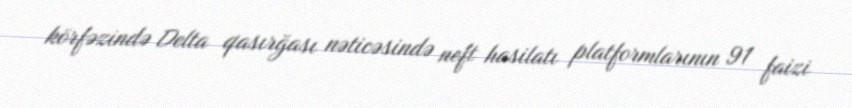
körfəzində Delta qasırğası nəticəsində neft hasilatı platformlarının 91 faizi